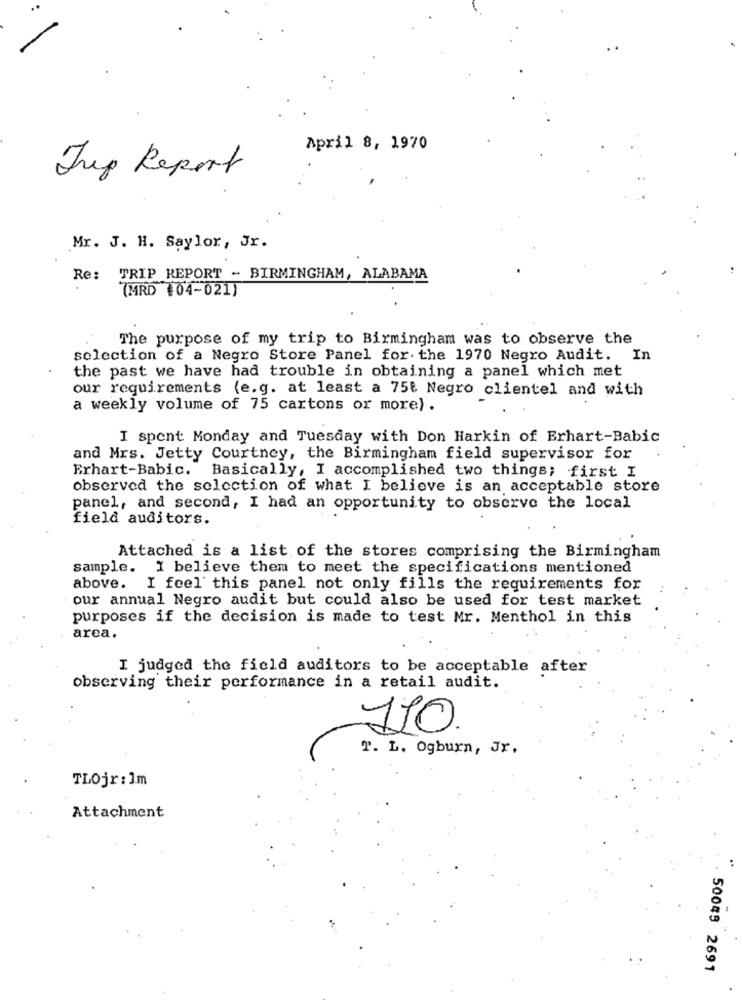
April 8, 1970
Jup Report
Mr. J. H. Saylor, Jr.
Re:
TRIP REPORT - BIRMINGHAM, ALABAMA
(MRD (04-021)
The purpose of my trip to Birmingham was to observe the
selection of a Negro Store Panel for. the 1970 Negro Audit. In
the past we have had trouble in obtaining a panel which met
our requirements (e.g. at least a 75₺ Negro clientel and with
a weekly volume of 75 cartons or more) .
I spent Monday and Tuesday with Don Harkin of Brhart-Babic
and Mrs. Jetty Courtney, the Birmingham field supervisor for
Erhart-Babic. Basically, I accomplished two things; first I
observed the selection of what I believe is an acceptable store
panel, and second, I had an opportunity to observe the local
field auditors.
Attached is a list of the stores comprising the Birmingham
sample. I believe them to meet the specifications mentioned
above. I feel this panel not only fills the requirements for
our annual Negro audit but could also be used for test market
purposes if the decision is made to test Mr. Menthol in this
area.
I judged the field auditors to be acceptable after
observing their performance in a retail audit.
110
T. L. Ogburn, Jr.
TLOjr: Im
Attachment
50049 2691